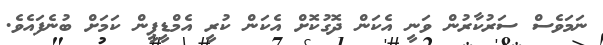
ނަމަވެސް ސަރުކާރުން ވަނީ އެކަން ދޮގުކޮށް އެކަން ކުރީ އެމްޑީޕީން ކަމަށް ބުނެފައެވެ.